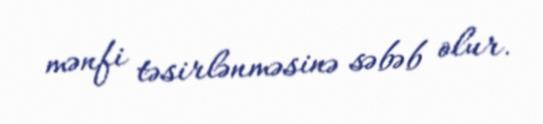
mənfi təsirlənməsinə səbəb olur.